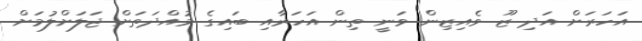
އަހަރަށް އަދި ޒޫ ވެއިޒިން ވަނީ ތިން އަހަރާއި ބައިގެ މުއްދަތަށް ޖަލަށްލުމަށް